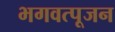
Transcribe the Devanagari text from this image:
भगवत्पूजन